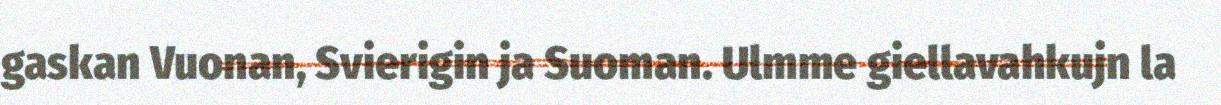
gaskan Vuonan, Svierigin ja Suoman. Ulmme giellavahkujn la